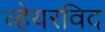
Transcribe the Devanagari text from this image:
व्हेयरविद